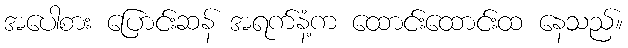
အပေါစား ပြောင်းဆန် အရက်နံ့က ထောင်းထောင်းထ နေသည်။